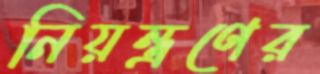
নিয়ন্ত্রণের